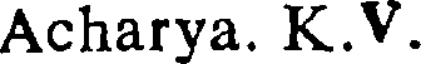
Acharya. K.V.